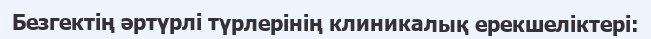
Безгектің әртүрлі түрлерінің клиникалық ерекшеліктері: